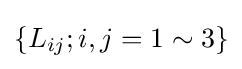
\lbrace L_{ij};i,j=1\sim 3\rbrace